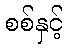
စစ်နှင့်